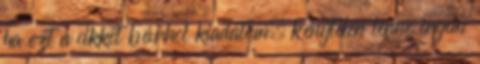
ha ezt a cikket bárhol kiadatom, kénytelen lenne engem